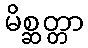
မိစ္ဆတ္တာ